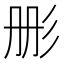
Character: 𮱹